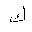
Letter: _kaf